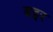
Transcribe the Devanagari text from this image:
बइर